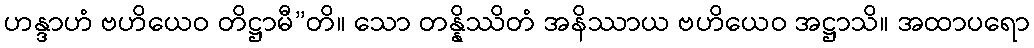
ဟန္ဒာဟံ ဗဟိယေဝ တိဋ္ဌာမီ”တိ။ သော တန္နိဿိတံ အနိဿာယ ဗဟိယေဝ အဋ္ဌာသိ။ အထာပရော